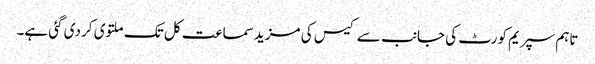
تاہم سپریم کورٹ کی جانب سے کیس کی مزید سماعت کل تک ملتوی کر دی گئی ہے۔